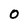
Character: 0